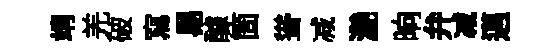
靖羌破寫易醵箇聳减灔晌弁减邁